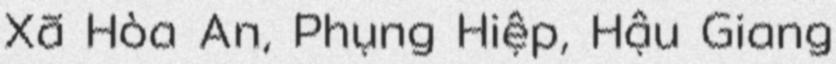
Xã Hòa An, Phụng Hiệp, Hậu Giang